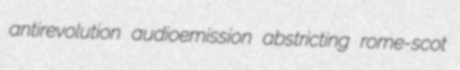
antirevolution audioemission abstricting rome-scot